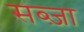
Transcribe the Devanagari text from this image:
सब्ज़ा